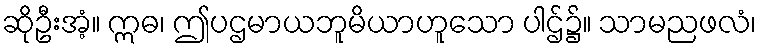
ဆိုဦးအံ့။ ဣဓ၊ ဤပဌမာယဘူမိယာဟူသော ပါဌ်၌။ သာမညဖလံ၊